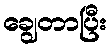
ချွေတာပြီး